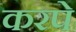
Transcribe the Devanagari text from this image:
करपे